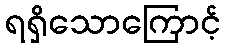
ရရှိသောကြောင့်